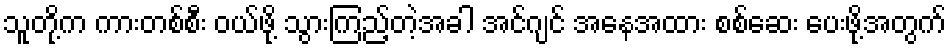
သူတို့က ကားတစ်စီး ဝယ်ဖို့ သွားကြည့်တဲ့အခါ အင်ဂျင် အနေအထား စစ်ဆေး ပေးဖို့အတွက်